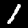
Label: 1